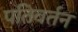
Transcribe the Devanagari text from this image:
पतिवर्तन